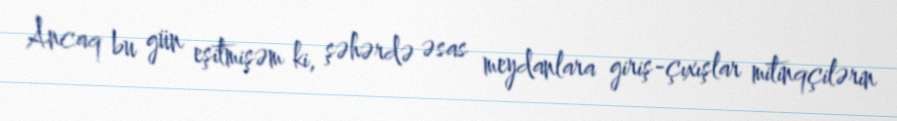
Ancaq bu gün eşitmişəm ki, şəhərdə əsas meydanlara giriş-çıxışlar mitinqçilərin